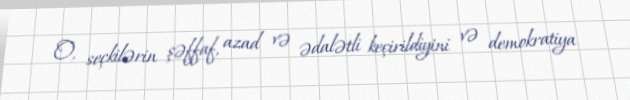
O, seçkilərin şəffaf, azad və ədalətli keçirildiyini və demokratiya